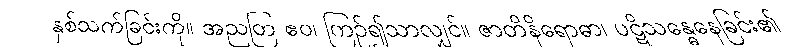
နှစ်သက်ခြင်းကို။ အညတြ ဧဝ၊ ကြဉ်၍သာလျှင်။ ဇာတိနိရောဓာ၊ ပဋိသန္ဓေနေခြင်း၏